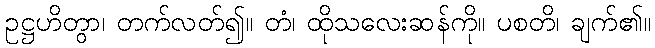
ဥဋ္ဌဟိတွာ၊ တက်လတ်၍။ တံ၊ ထိုသလေးဆန်ကို။ ပစတိ၊ ချက်၏။